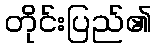
တိုင်းပြည်၏